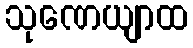
သုဏေယျာထ